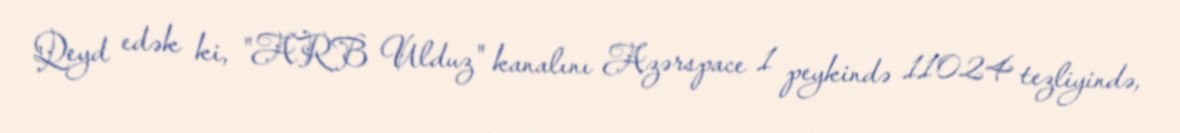
Qeyd edək ki, "ARB Ulduz" kanalını Azərspace 1 peykində 11024 tezliyində,